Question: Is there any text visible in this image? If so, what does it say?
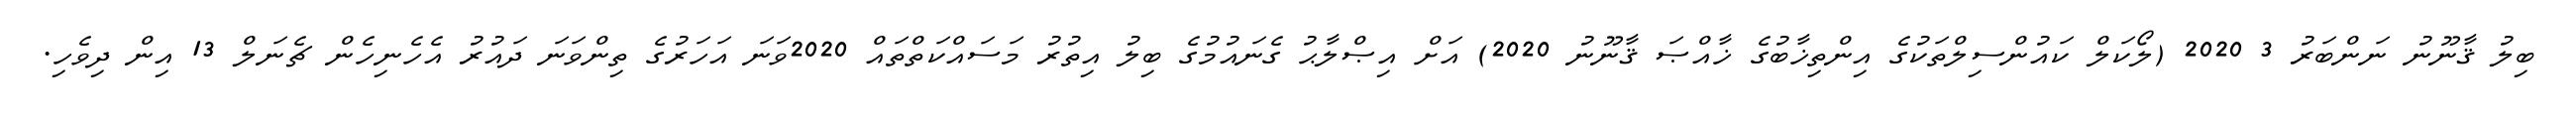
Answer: ބިލު ޤާނޫނު ނަންބަރު 3 2020 (ލޯކަލް ކައުންސިލްތަކުގެ އިންތިޚާބުގެ ޚާއްޞަ ޤާނޫނު 2020) އަށް އިޞްލާޙު ގެނައުމުގެ ބިލު އިތުރު މަސައްކަތްތައް 2020ވަނަ އަހަރުގެ ތިންވަނަ ދައުރު އެހެނިހެން ޗެނަލް 13 އިން ދިވެހި.